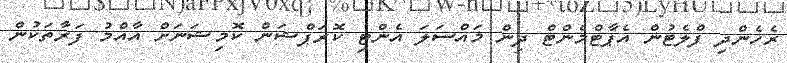
ރެހެންދި ފްލެޓުން އެޕާޓްމެންޓް ދިން މައްސަލަ އެންޓި ކޮރަޕްޝަން ކޮމިޝަނަށް އާއްމު ފަރާތަކުން